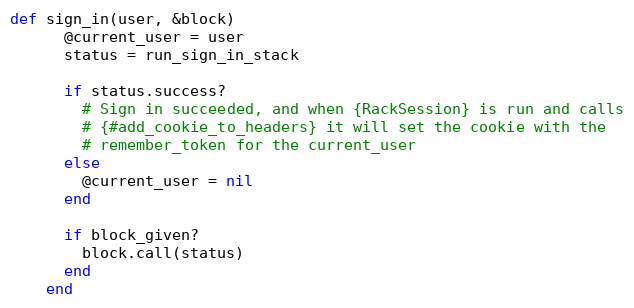
Language: Ruby
def sign_in(user, &block)
      @current_user = user
      status = run_sign_in_stack

      if status.success?
        # Sign in succeeded, and when {RackSession} is run and calls
        # {#add_cookie_to_headers} it will set the cookie with the
        # remember_token for the current_user
      else
        @current_user = nil
      end

      if block_given?
        block.call(status)
      end
    end